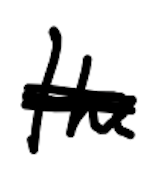
Text: the
Cross-out: mix
Writing tool: digital_black